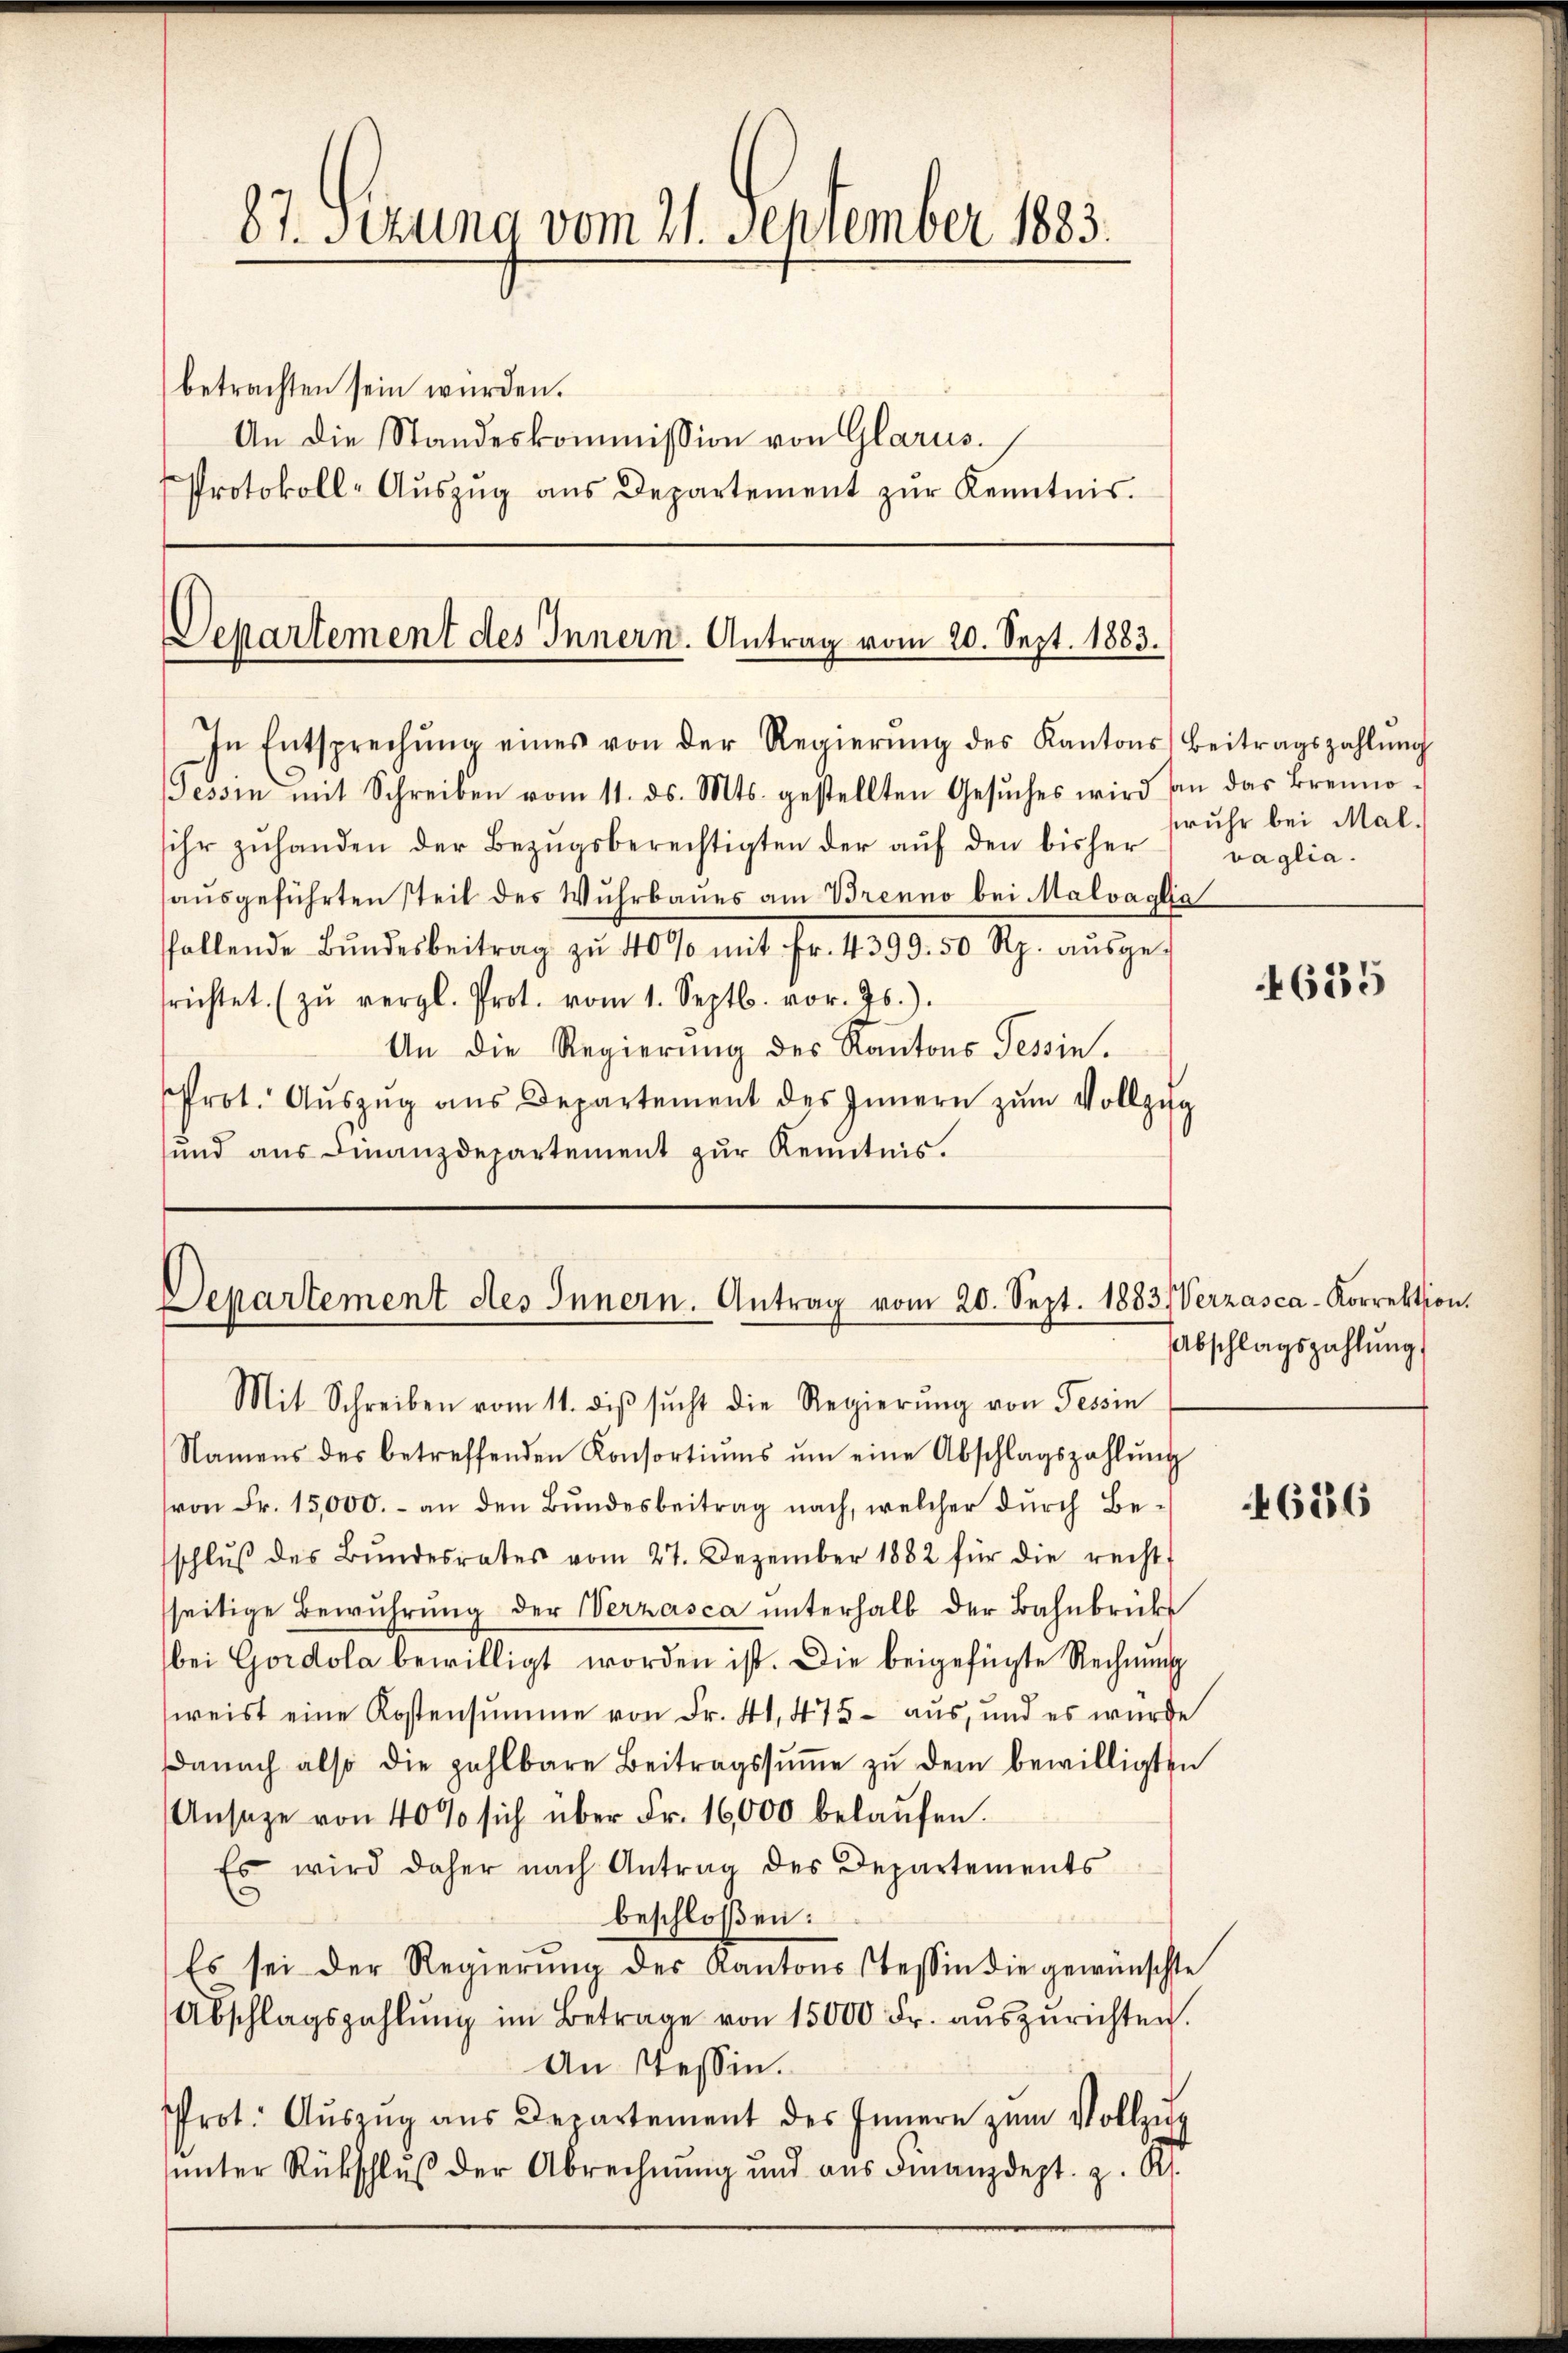
87. Sitzung vom 21. September 1883.
betrachten sein würden.
An die Standeskommission von Glarus.
Protokoll-Aŭszŭg ans Departement zŭr Kenntnis.

Separtement des Innern. Antrag vom 20. Sept. 1883.

In Entsprechŭng eines von der Regierŭng des Kantons Beitragszahlŭng
Tessin mit Schreiben vom 11. ds. Mts. gestellten Gesŭches wird an das Brenno-
sihr zŭhanden der Bezŭgsberechtigten der aŭf den bisher vaglia-
aŭsgeführten steil des Wuhrbaŭes am Brenno bei Malvaglia
follende Bŭndesbeitrag zŭ 40% mit Fr. 4399. 50 Rp. aŭsge-
srichtet. (zŭ vergl. Prot. vom 1. Septb. vor. Js.).
An die Regierung des Kantons Tessin.
Prot. Aŭszŭg aŭs Departement des Innern zŭm Vollzug
und aus Finanzdepartement zŭr Kenntnis.

Departement des Innern. Antrag vom 20. Sept. 1883 Verzasca-Korrektion
Mit Schreiben vom 11. diβ sŭcht die Regierŭng von Tessin

Namens des betreffenden Konsortiŭms ŭm eine Abschlagszahlŭng
(von Fr. 15,000.- an den Bŭndesbeitrag nach, welcher durch Be-
schlŭβ des Bŭndesrates vom 27. Dezember 1882 für die recht
seitige Bewuhrung der Verzasca unterhalb der Bahnbrücke
bei Gordola bewilligt worden ist. Die beigefügte Rechnung
weist eine Kostensumme von Fr. 41, 475 - aus, und es wurde
danach also die zahlbare Beitragssŭṁe zŭ dem bewilligten
Ansage von 40% sich über Fr. 16,000 belaŭfen.
Es wird daher nach Antrag des Departements
beschloßen:
Es sei der Regierung des Kantonsstessin die gewünschte
Abschlagszahlŭng im Betrage von 15000 Fr. aŭszŭrichten.
An Tessin.
Prot. Aŭszŭg aŭs Departement des Innern zŭm Vollzŭg
ŭnter Rückschlŭβ der Abrechnung und aus Finanzdept. z. R.

fruhr bei Mal.

4635

Abschlagszahlŭng

686